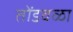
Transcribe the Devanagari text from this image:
तोंडवळा